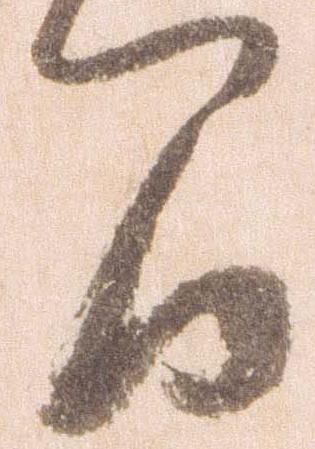
間